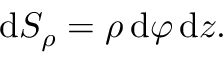
\mathrm { d } S _ { \rho } = \rho \, \mathrm { d } \varphi \, \mathrm { d } z .